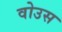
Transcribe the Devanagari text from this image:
वोउस